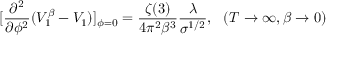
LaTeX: [ \frac { \partial ^ { 2 } } { \partial \phi ^ { 2 } } ( V _ { 1 } ^ { \beta } - V _ { 1 } ) ] _ { \phi = 0 } = \frac { \zeta ( 3 ) } { 4 \pi ^ { 2 } \beta ^ { 3 } } \frac { \lambda } { \sigma ^ { 1 / 2 } } , ~ ~ ( T \to \infty , \beta \to 0 )